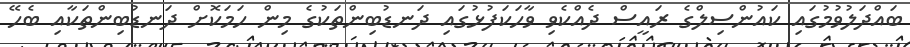
ބައްދަލުވުމުގައި ކައުންސިލްގެ ރައީސް ދެއްކެވި ވާހަކަފުޅުގައި ދަނޑުބިންތަކުގެ މިން ހަމަކޮށް ދަނޑުބިންތަކާއި ބެހޭ